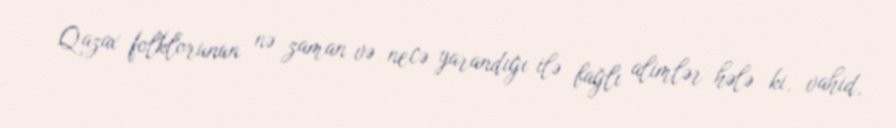
Qazax folklorunun nə zaman və necə yarandığı ilə bağlı alimlər hələ ki, vahid,